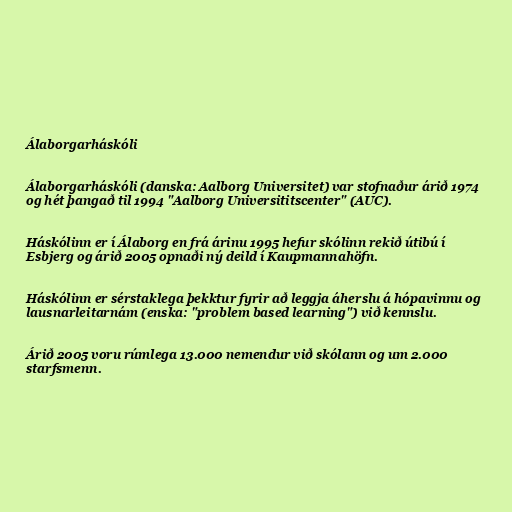
Álaborgarháskóli

Álaborgarháskóli (danska: Aalborg Universitet) var stofnaður árið 1974
og hét þangað til 1994 "Aalborg Universititscenter" (AUC).

Háskólinn er í Álaborg en frá árinu 1995 hefur skólinn rekið útibú í
Esbjerg og árið 2005 opnaði ný deild í Kaupmannahöfn.

Háskólinn er sérstaklega þekktur fyrir að leggja áherslu á hópavinnu og
lausnarleitarnám (enska: "problem based learning") við kennslu.

Árið 2005 voru rúmlega 13.000 nemendur við skólann og um 2.000
starfsmenn.